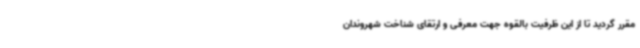
مقرر گردید تا از این ظرفیت بالقوه جهت معرفی و ارتقای شناخت شهروندان